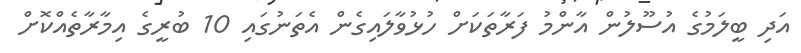
އަދި ބީލަމުގެ އުސޫލުން އާންމު ފަރާތަކަށް ހުޅުވާލައިގެން އެތަނުގައި 10 ބުރީގެ އިމާރާތެއްކޮށް